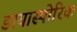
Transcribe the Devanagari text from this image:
डायास्पोरिक